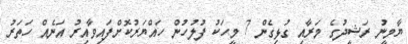
ޔާމީނު ރަޝީދުގެ މަރާއި ގުޅިގެން 7 މީހަކު ފުލުހުން ހައްޔަރުކޮށްފައިވާއިރު އަނެއް ހަތަރު